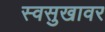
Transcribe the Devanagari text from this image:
स्वसुखावर